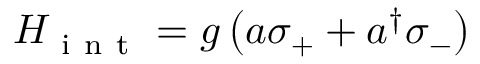
H _ { \mathrm { ~ i ~ n ~ t ~ } } = g \left( a \sigma _ { + } + a ^ { \dagger } \sigma _ { - } \right)